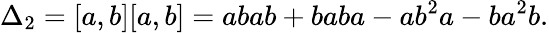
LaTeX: \Delta_{2}=[a,b][a,b]=abab+baba-ab^{2}a-ba^{2}b.